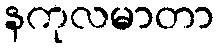
နကုလမာတာ